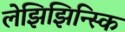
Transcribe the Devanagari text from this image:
लेझिझिन्स्कि